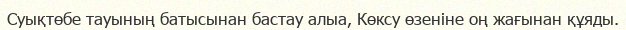
Суықтөбе тауының батысынан бастау алыа, Көксу өзеніне оң жағынан құяды.